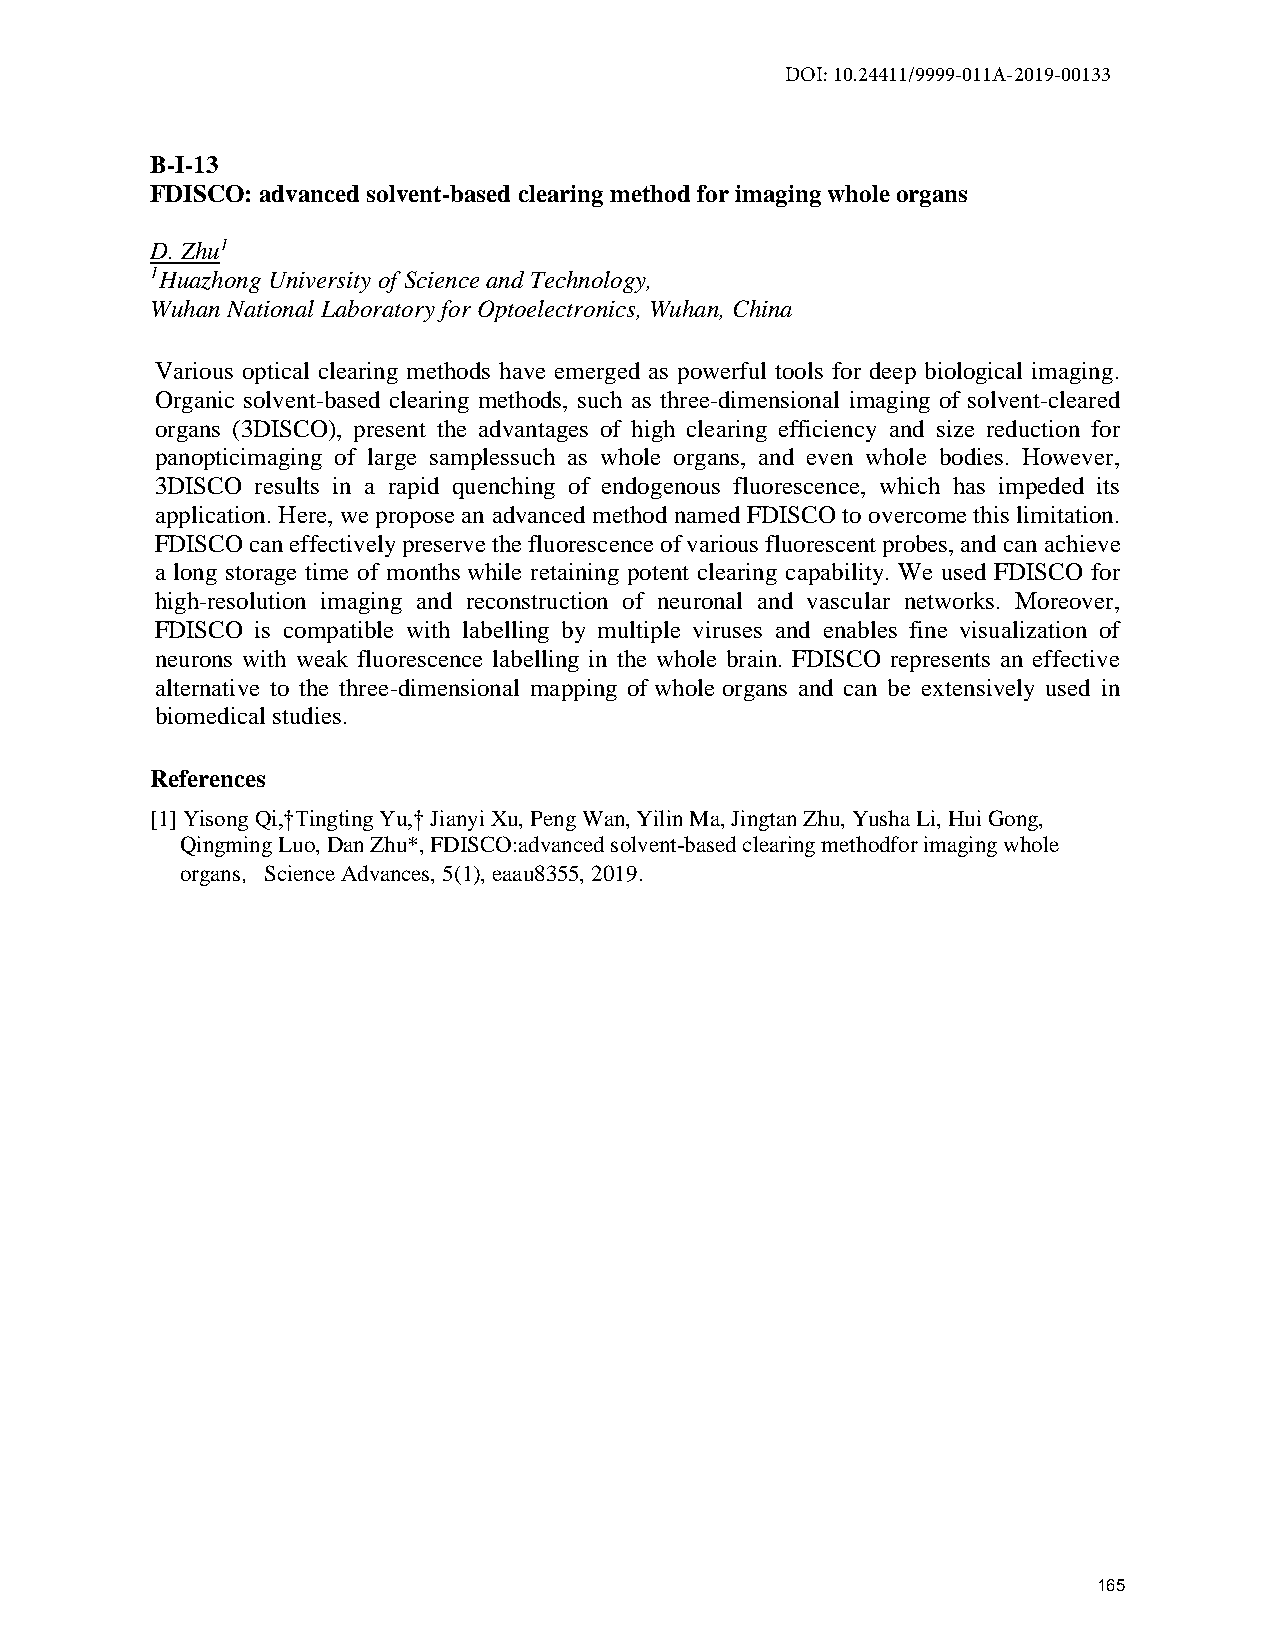
DOI: 10.24411/9999-011A-2019-00133
 B-I-13
 FDISCO: advanced solvent-based clearing method for imaging whole organs
 D. Zhu1
 1Huazhong University of Science and Technology,
 Wuhan National Laboratory for Optoelectronics, Wuhan, China
 Various optical clearing methods have emerged as powerful tools for deep biological imaging.
 Organic solvent-based clearing methods, such as three-dimensional imaging of solvent-cleared
 organs (3DISCO), present the advantages of high clearing efficiency and size reduction for
 panopticimaging of large samplessuch as whole organs, and even whole bodies. However,
 3DISCO results in a rapid quenching of endogenous fluorescence, which has impeded its
 application. Here, we propose an advanced method named FDISCO to overcome this limitation.
 FDISCO can effectively preserve the fluorescence of various fluorescent probes, and can achieve
 a long storage time of months while retaining potent clearing capability. We used FDISCO for
 high-resolution imaging and reconstruction of neuronal and vascular networks. Moreover,
 FDISCO is compatible with labelling by multiple viruses and enables fine visualization of
 neurons with weak fluorescence labelling in the whole brain. FDISCO represents an effective
 alternative to the three-dimensional mapping of whole organs and can be extensively used in
 biomedical studies.
 References
 [1] Yisong Qi,†Tingting Yu,† Jianyi Xu, Peng Wan, Yilin Ma, Jingtan Zhu, Yusha Li, Hui Gong,
 Qingming Luo, Dan Zhu*, FDISCO:advanced solvent-based clearing methodfor imaging whole
 organs，Science Advances, 5(1), eaau8355, 2019.
 165